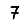
Digit: 7